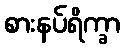
စားနပ်ရိက္ခာ